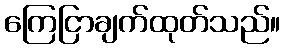
ကြေငြာချက်ထုတ်သည်။